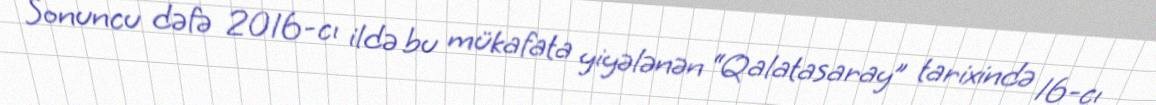
Sonuncu dəfə 2016-cı ildə bu mükafata yiyələnən “Qalatasaray” tarixində 16-cı